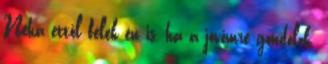
Néha ettől félek én is, ha a jövőmre gondolok.